Problem: 5 × 7 = ?
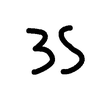
Handwritten answer: 35